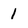
Character: 1